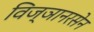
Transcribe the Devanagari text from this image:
विज्ञानरसेन